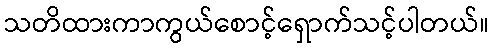
သတိထားကာကွယ်စောင့်ရှောက်သင့်ပါတယ်။